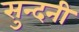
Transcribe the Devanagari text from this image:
सुन्दनी